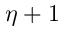
\eta + 1